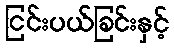
ငြင်းပယ်ခြင်းနှင့်